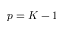
p = K - 1